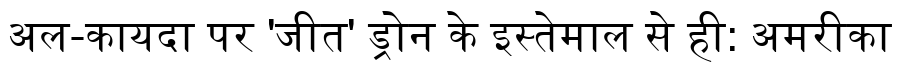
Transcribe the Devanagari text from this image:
अल-कायदा पर 'जीत' ड्रोन के इस्तेमाल से ही: अमरीका